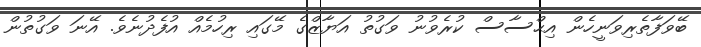
ބޭވަފާތެރިވަނީހެން އިޙްސާސް ކުރެވުނު ވަގުތު އަޔާޒްގެ މޭގައި ރިހުމެއް އުފެދުނެވެ. އޭނަ ވަގުތުން